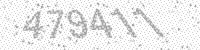
Solution: 479411